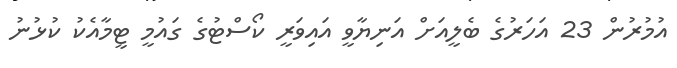
އުމުރުން 23 އަހަރުގެ ބެލީއަށް އަނިޔާވީ އައިވަރީ ކޯސްޓުގެ ގައުމީ ޓީމާއެކު ކުޅުނު